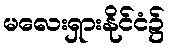
မလေးရှားနိုင်ငံ၌